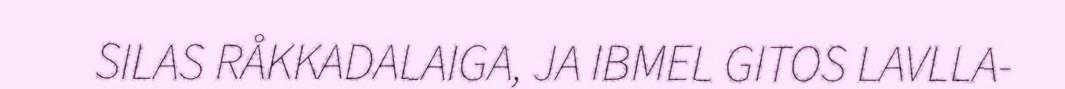
SILAS RÅKKADALAIGA, JA IBMEL GITOS LAVLLA-